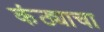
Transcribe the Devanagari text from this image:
कंठ्याचा